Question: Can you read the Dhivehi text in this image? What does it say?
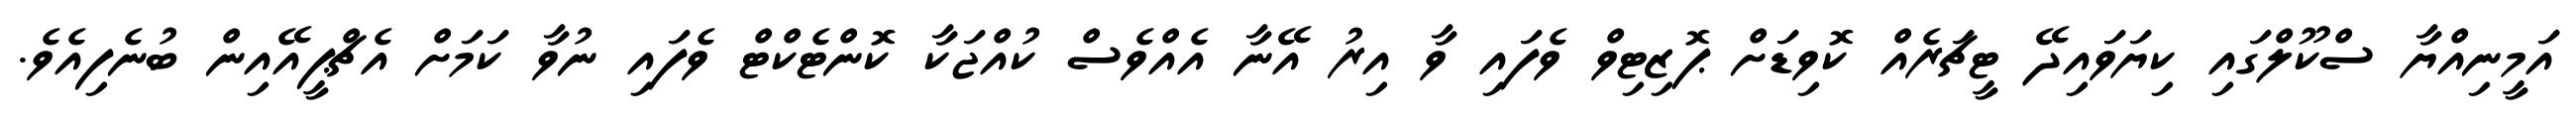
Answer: އަމީނިއްޔާ ސްކޫލްގައި ކިޔަވައިދޭ ޓީޗަރެއް ކޮވިޑަށް ޕޮޒިޓިވް ވެފައި ވާ އިރު އޭނާ އެއްވެސް ކުއްޖަކާ ކޮންޓެކްޓް ވެފައި ނުވާ ކަމަށް އެޗްޕީއޭއިން ބުނެފިއެވެ.